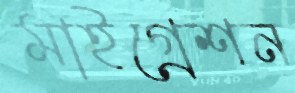
মাইগ্রেশন